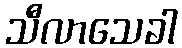
သီလာသေခါ